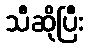
သီဆိုပြီး